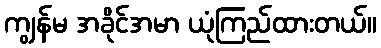
ကျွန်မ အခိုင်အမာ ယုံကြည်ထားတယ်။